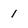
Character: 1